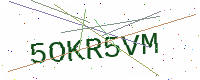
Text: 5OKR5VM